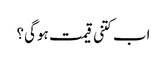
اب کتنی قیمت ہوگی؟